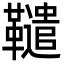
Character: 䪈